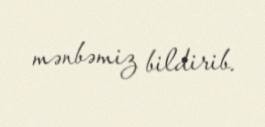
mənbəmiz bildirib.